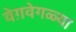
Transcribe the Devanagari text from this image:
वेग़वेगळ्या